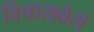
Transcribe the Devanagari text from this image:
विचारावेसे